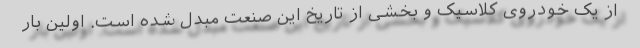
از یک خودروی کلاسیک و بخشی از تاریخ این صنعت مبدل شده است. اولین بار